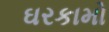
ઘરકામો